Statistical return of the lunatic asylum in Assam - 1912-1932
Year: 1912
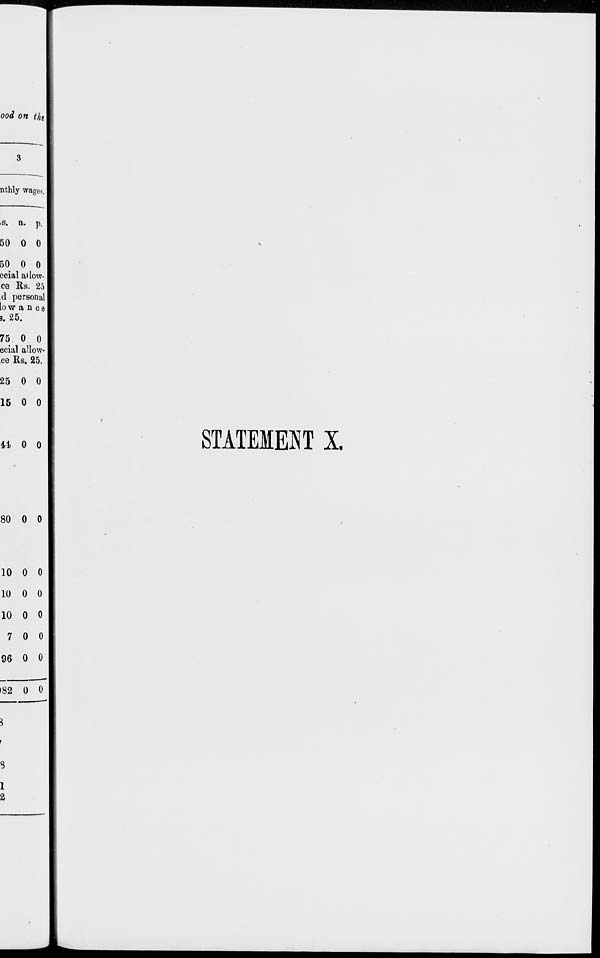
ood on tht\
3
nthly wagos,
<s. a. p.
50 0 0
50 0 0
ecial a»low-
ce Rs. 251
d personal
lo w a n c e [
i. 25.
75 0 0
ecial allow-
ce Rs. 25.
25 0 0
15 0 0
44 0 0
STATEMENT X.
80 0 0
10 0 0
10 0 0
10 0 0
7 0 0
96 0 0
0
•82 0